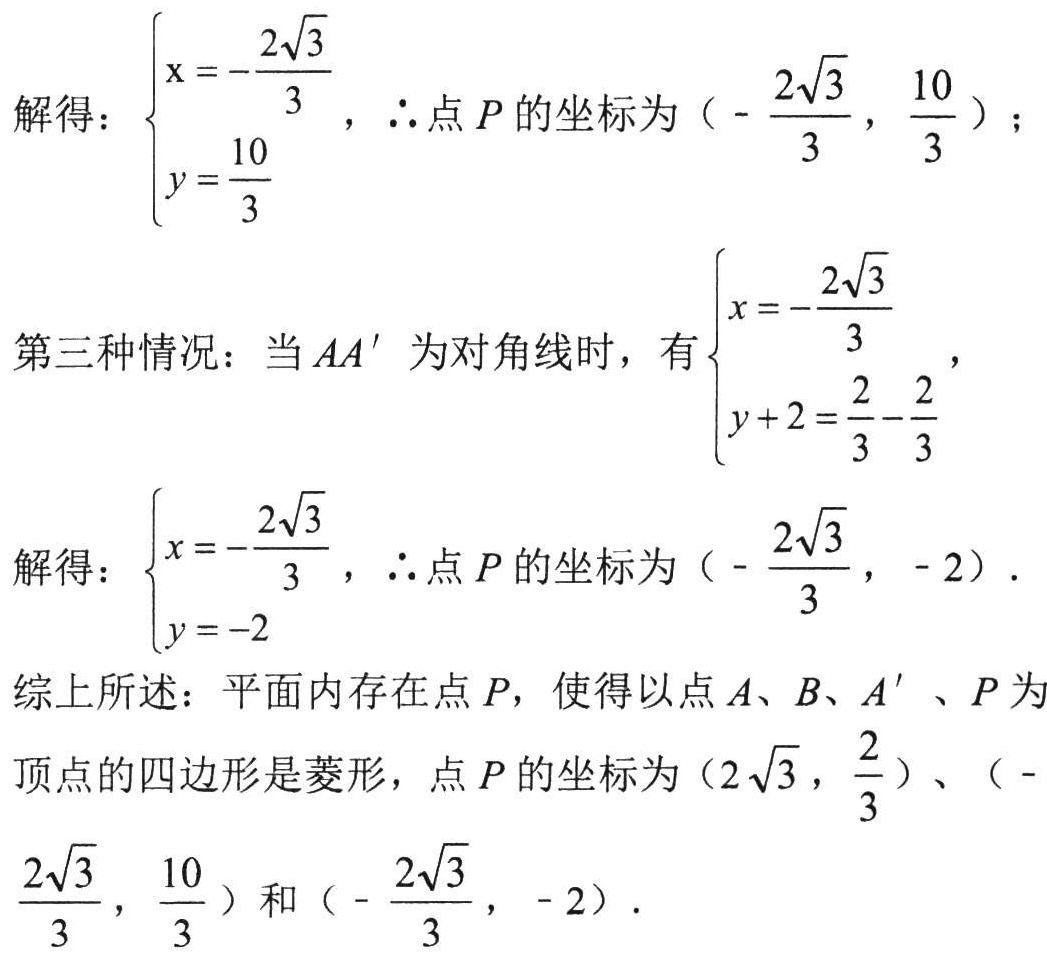
解得：\(\begin{cases}x = -\dfrac{2\sqrt{3}}{3}\\y = \dfrac{10}{3}\end{cases}\)，\(\therefore\)点\(P\)的坐标为\((-\dfrac{2\sqrt{3}}{3},\dfrac{10}{3})\)；

第三种情况：当\(AA'\)为对角线时，有\(\begin{cases}x = -\dfrac{2\sqrt{3}}{3}\\y + 2 = \dfrac{2}{3} - \dfrac{2}{3}\end{cases}\)，

解得：\(\begin{cases}x = -\dfrac{2\sqrt{3}}{3}\\y = -2\end{cases}\)，\(\therefore\)点\(P\)的坐标为\((-\dfrac{2\sqrt{3}}{3}, -2)\)．

综上所述：平面内存在点\(P\)，使得以点\(A\)、\(B\)、\(A'\)、\(P\)为顶点的四边形是菱形，点\(P\)的坐标为\((2\sqrt{3},\dfrac{2}{3})\)、\((-\dfrac{2\sqrt{3}}{3},\dfrac{10}{3})\)和\((-\dfrac{2\sqrt{3}}{3}, -2)\)．